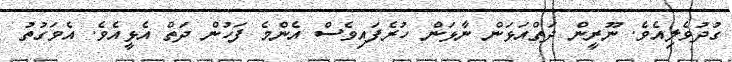
ގުދުވެލިއެވެ. ނޫރީން ދަތްއަޅަން ނާޅަން ހުރެފައިވެސް އެންމެ ފަހުން ދަތް އެޅީއެވެ. އެވަގުތު